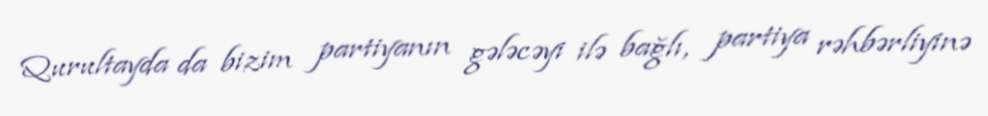
Qurultayda da bizim partiyanın gələcəyi ilə bağlı, partiya rəhbərliyinə